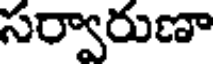
సర్వారుణా